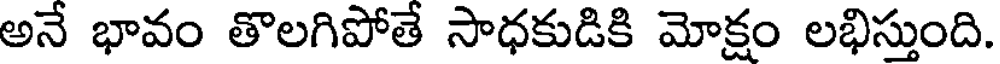
అనే భావం తొలగిపోతే సాధకుడికి మోక్షం లభిస్తుంది.